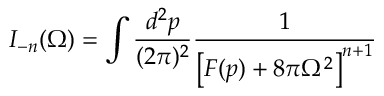
I _ { - n } ( \Omega ) = \int \frac { d ^ { 2 } p } { ( 2 \pi ) ^ { 2 } } \frac { 1 } { \left[ F ( p ) + 8 \pi \Omega ^ { 2 } \right] ^ { n + 1 } }